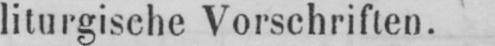
liturgische Vorschriften.